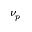
\nu _ { p }